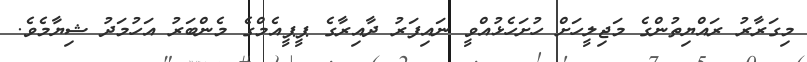
މިގަރާރު ރައްޔިތުންގެ މަޖިލީހަށް ހުށަހެޅުއްވީ ނައިފަރު ދާއިރާގެ ޕީޕީއެމްގެ މެންބަރު އަހުމަދު ޝިޔާމެވެ.